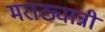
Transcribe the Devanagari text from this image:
मराठ्यान्नी